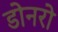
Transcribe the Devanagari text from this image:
डोनरो